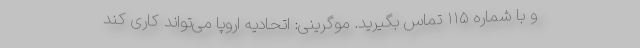
و با شماره ۱۱۵ تماس بگیرید. موگرینی: اتحادیه اروپا می‌تواند کاری کند